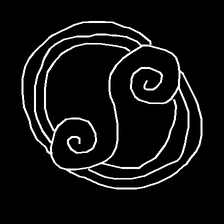
Glyph: wind-underfoot